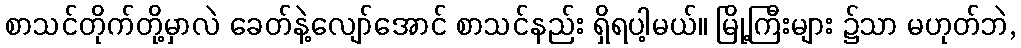
စာသင်တိုက်တို့မှာလဲ ခေတ်နဲ့လျော်အောင် စာသင်နည်း ရှိရပါ့မယ်။ မြို့ကြီးများ ၌သာ မဟုတ်ဘဲ,